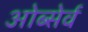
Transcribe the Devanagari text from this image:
ओब्सेर्व